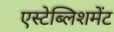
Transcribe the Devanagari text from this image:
एस्टेब्लिशमेंट